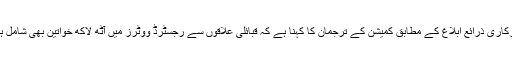
سرکاری ذرائع ابلاغ کے مطابق کمیشن کے ترجمان کا کہنا ہے کہ قبائلی علاقوں سے رجسٹرڈ ووٹرز میں آٹھ لاکھ خواتین بھی شامل ہیں۔